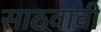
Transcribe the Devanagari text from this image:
साठवावी